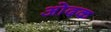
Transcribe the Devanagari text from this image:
ओदक